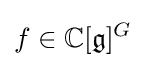
f\in \mathbb {C} [{\mathfrak {g}}]^{G}